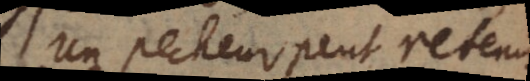
Un pecheur peut retenir